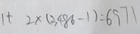
1 + 2 \times ( 3 4 8 6 - 1 ) = 6 9 7 1